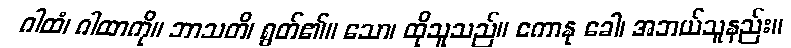
ဂါထံ၊ ဂါထာကို။ ဘာသတိ၊ ရွတ်၏။ သော၊ ထိုသူသည်။ ကောနု ခေါ၊ အဘယ်သူနည်း။